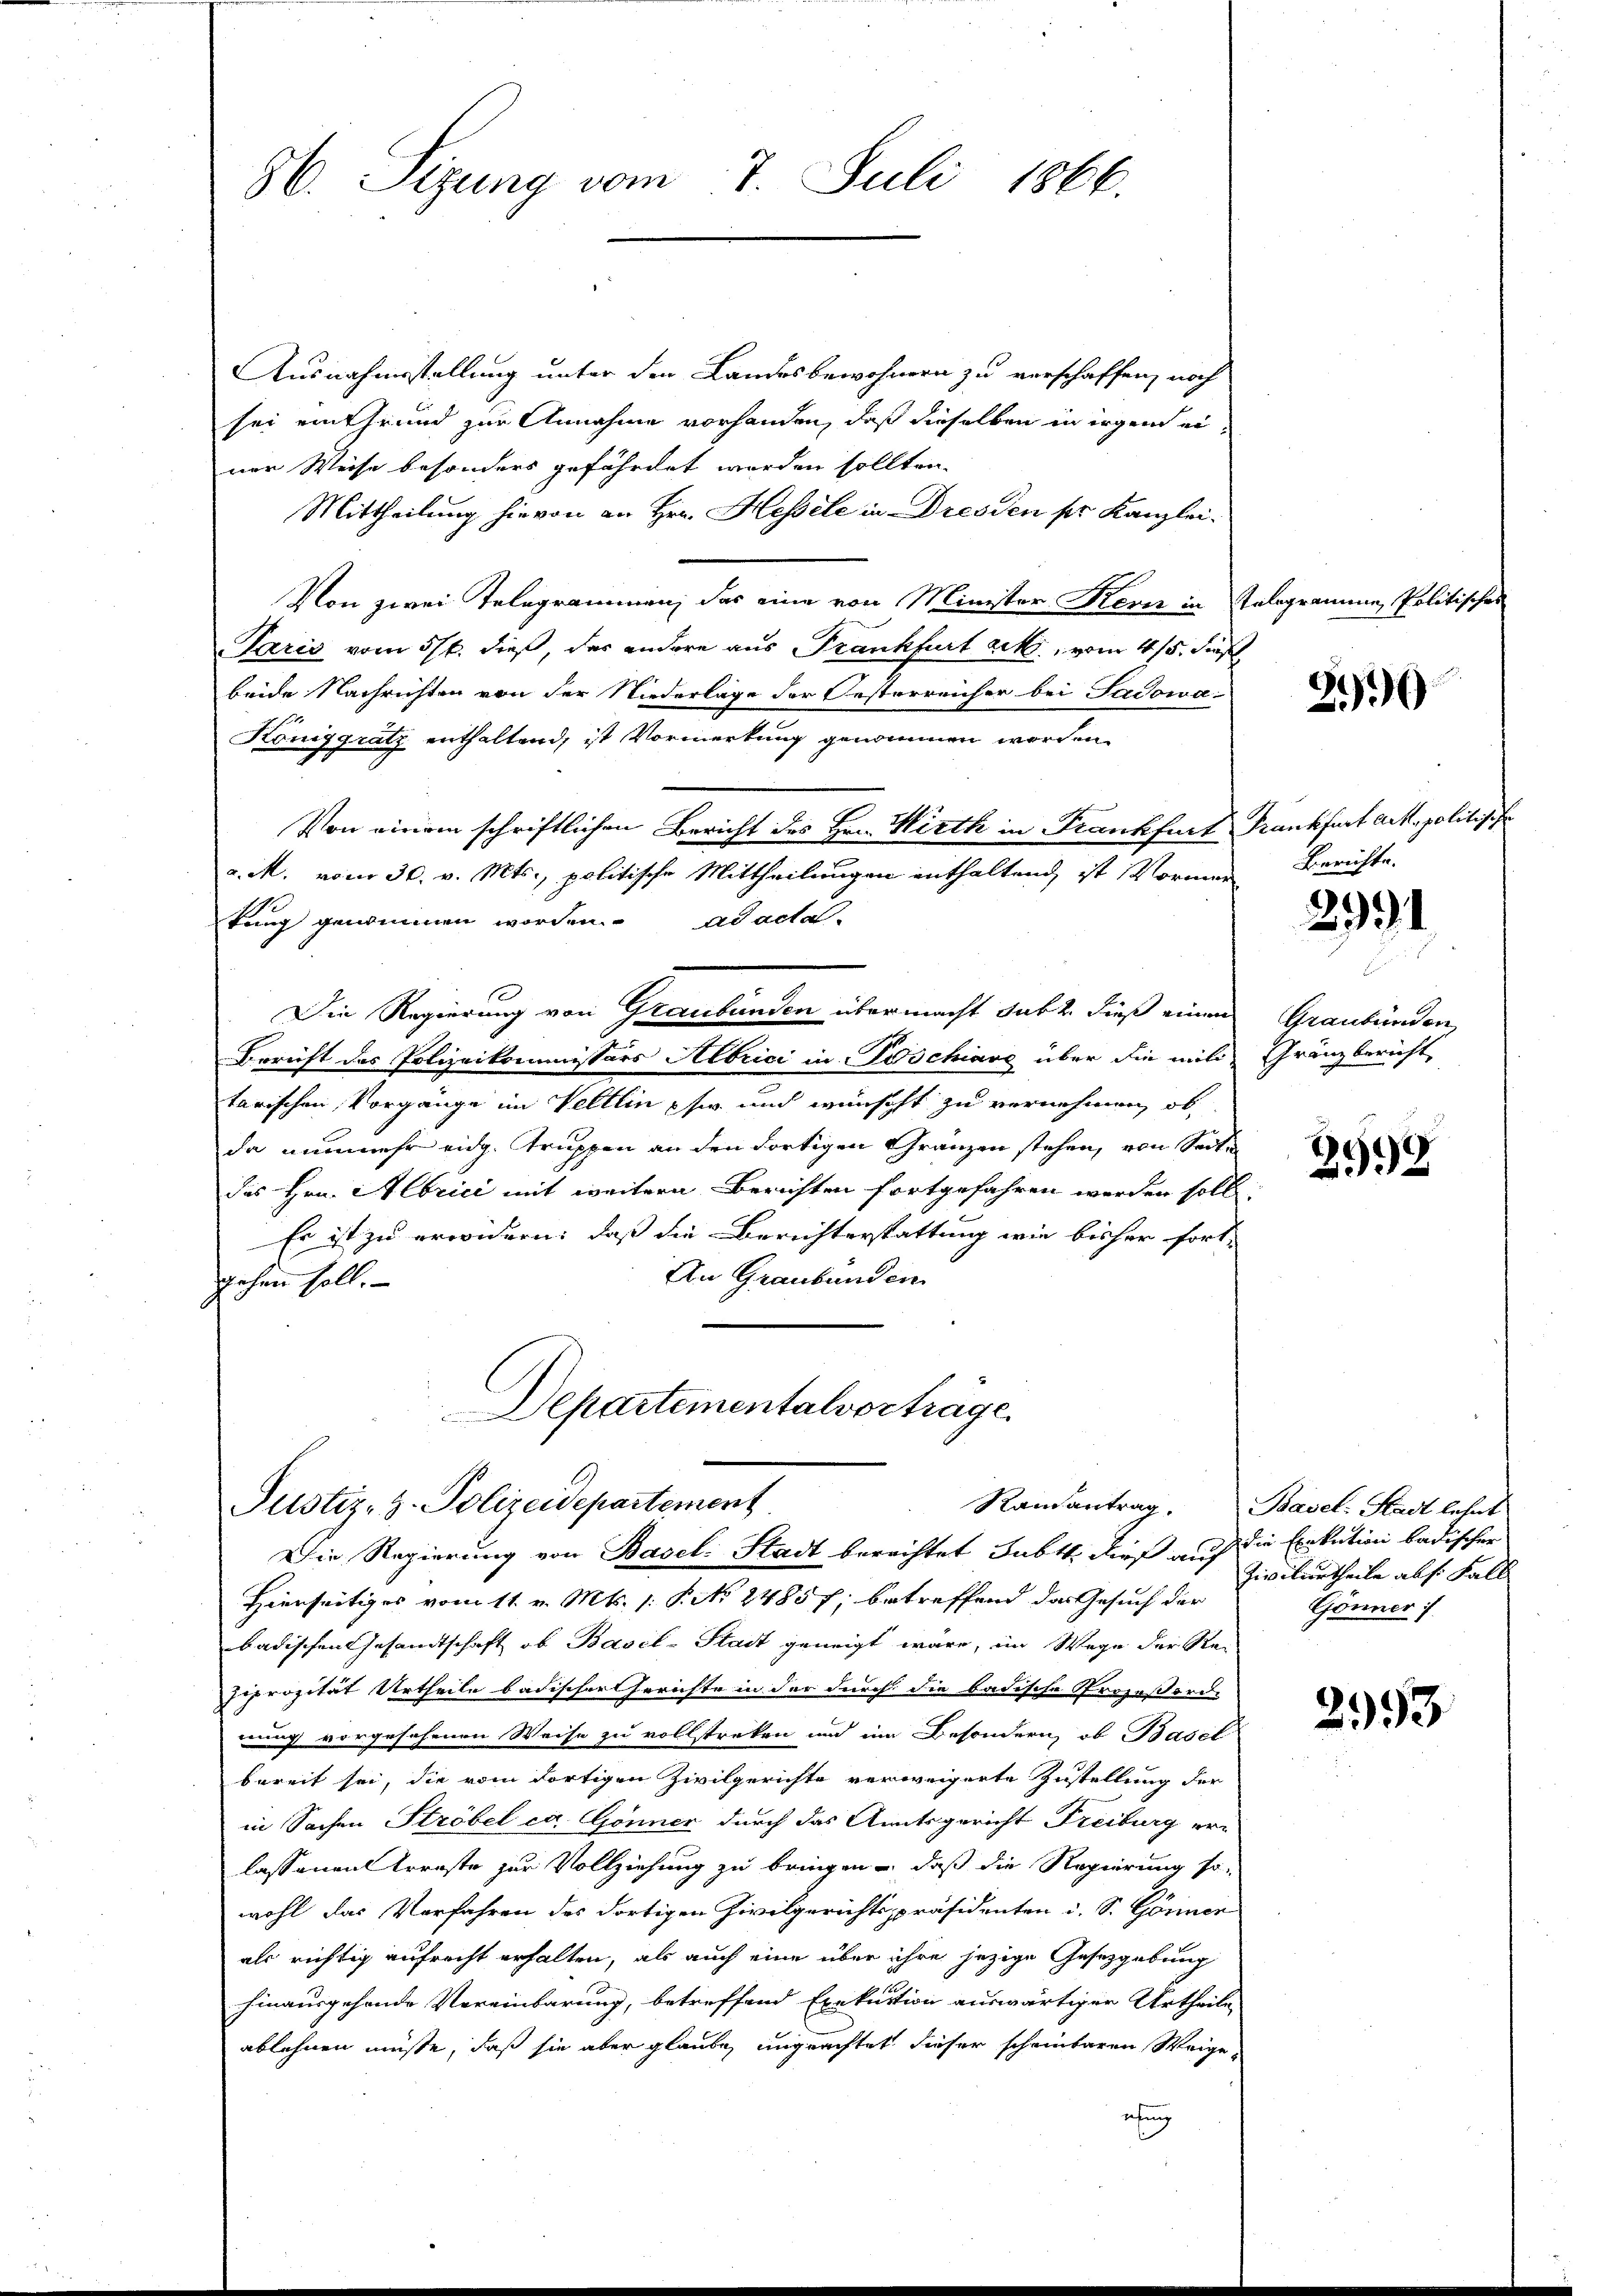
Ausnahmsstellung unter den Landesbewohnern zu verschaffen, noch
sei ein Grund zur Annahme vorhanden, daß dieselben in irgend einer Weise besonders gefährdet werden sollten.
Mittheilung hievon an Hrn. Hessele in Dresden pr. Kanzlei.
Von zwei Telegrammen, das eine von Minister Kern in Telegrammen, Politisches
Paris vom 5t. dieß, der andere aus Frankfurt ack, vom 4/5. Fens
beide Nachrichten von der Niederlage der Oesterreicher bei Sadowa-
Königgrätz enthaltend, ist Vormerkung genommen worden.
Von einem schriftlichen Bericht des Hrn. Wirth in Frankfurt Frankfurt Ack. politische
a. M. vom 30. v. Mts., politische Mittheilungen enthaltend, ist Vormen Berichte.
1
kung genommen worden. ad actal-
Die Regierung von Graubünden übermacht sub 2. dieß einem
Bericht des Polizeikommissärs Albrici in Poschiave über die mili
tarischen Vorgänge im Veltlin phir und wünscht zu vernehmen, ob
da nunmehr eidg. Truppen an den dortigen Gränzen stehen, von Seite
des Hrn. Albrici mit weitern Berichten fortgefahren werden soll,
Er ist zu erwidern: daß die Berichterstattung wie bisher fort-
An Graubünden
gehen soll.

86. Sizung vom 7. Juli 1866.

Departementalvertrage.
Justiz- & Polizeidepartement
Die Regierung von Basel-Stadt berechtet Subtt, dieß auf die Exekution badischer

Hierseitiges vom 11. v. Mts. 1: P. No. 24857; betreffend das Gesuch der
badischen Gesandtschaft ob Basel-Stadt geneigt wäre, im Wege der Re-
siprozität Urtheile badischer Gerichte in der durch die badische Prozeßord-
nung vorgesehenen Weise zu vollstreken und im Besondern, ob Basel
bereit sei, die vom dortigen Zivilgerichte verweigerte Zustellung der
in Sachen Ströbel ca. Gönner durch das Amtsgericht Freiburg erlassenen Arreste zur Vollziehung zu bringen, daß die Regierung so-
wohl das Verfahren des dortigen Zivilgerichtsspräsidenten d. S. Gönner
als richtig aufrecht erhalten, als auch eine über ihre jezige Gesetzgebung
hinausgehende Vereinbarung, betreffend Exekution auswärtiger Urtheile
ablehnen müßte, daß sie aber glaube, ungeachtet dieser scheinbaren Weige,
etung

20

2991

Graubünden
Gränzbericht

2992

Ramantrag. Basel-Stadt lehnt
Zivilurtheile als Fall
Gönner

253